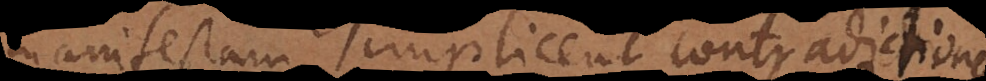
manifestam implicent contradictionem,